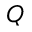
{ \cal Q }